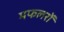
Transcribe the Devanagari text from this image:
मफलरों